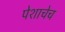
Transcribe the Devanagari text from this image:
पेशाचेच